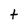
Character: t